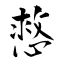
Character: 慦